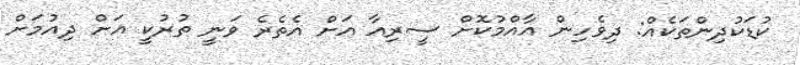
ކުޑަކުދިންތަކެއް: ދިވެހިން އާއްމުކޮށް ސީރިއާ އަށް އެތެރެ ވަނީ ތުރުކީ އަށް ދިއުމަށް